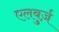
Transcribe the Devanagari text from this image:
एलबुर्ज़